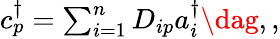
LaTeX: \begin{array}{r}{c_{p}^{\dagger}=\sum_{i=1}^{n}D_{ip}a_{i}^{\dagger}\dag,,}\end{array}